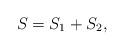
LaTeX: \begin{align*}S=S_1+S_2,\end{align*}